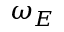
\omega _ { E }